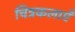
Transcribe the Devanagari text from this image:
चित्रकलाएँ